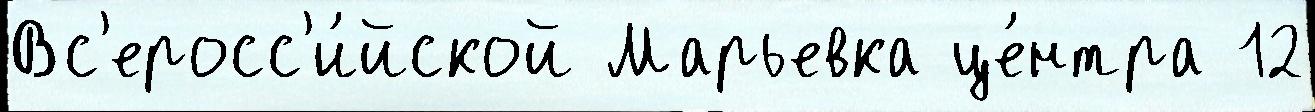
Вс'еросс'и́йской Марьевка це́нтра 12